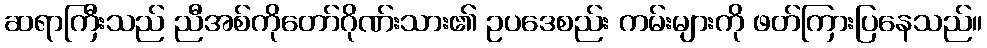
ဆရာကြီးသည် ညီအစ်ကိုတော်ဂိုဏ်းသား၏ ဥပဒေစည်း ကမ်းများကို ဖတ်ကြားပြနေသည်။